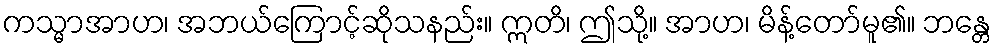
ကသ္မာအာဟ၊ အဘယ်ကြောင့်ဆိုသနည်း။ ဣတိ၊ ဤသို့။ အာဟ၊ မိန့်တော်မူ၏။ ဘန္တေ